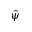
\hat { \psi }